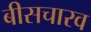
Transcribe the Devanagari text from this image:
बीसचारव